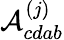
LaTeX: \mathcal{A}_{cdab}^{(j)}